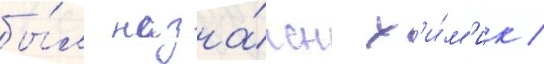
бы́л назна́чен х'и́м'ик /